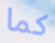
كما